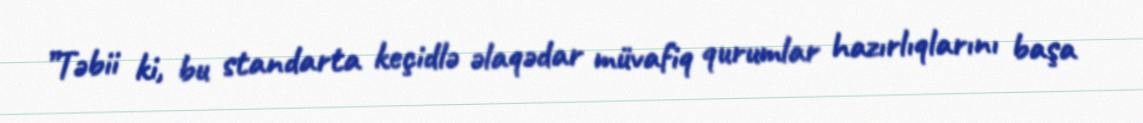
”Təbii ki, bu standarta keçidlə əlaqədar müvafiq qurumlar hazırlıqlarını başa